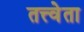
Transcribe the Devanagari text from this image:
तत्त्वेता